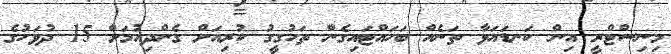
މިނިސްޓްރީ އިން ކަނޑައަޅާ ތަނެއް ބަހައްޓައިގެން ތަހުގީގު ކުރިއަށް ގެންދިއުމަށް 15 ދުވަހުގެ